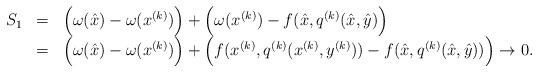
LaTeX: \begin{align*}\begin{array}{rcl}S_1 &=& \Big( \omega(\hat{x}) - \omega(x^{(k)}) \Big) + \Big( \omega(x^{(k)}) - f ( \hat{x}, q^{(k)}(\hat{x}, \hat{y}) \Big)\\&= & \Big( \omega(\hat{x}) - \omega(x^{(k)}) \Big) + \Big(f ( x^{(k)}, q^{(k)} (x^{(k)}, y^{(k)}) ) - f(\hat{x}, q^{(k)} (\hat{x}, \hat{y}) ) \Big) \rightarrow 0.\end{array}\end{align*}